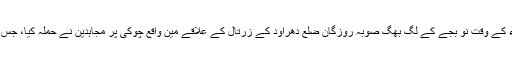
ذرائع کے مطابق پیر کے رات عشاء کے وقت نو بجے کے لگ بھگ صوبہ روزگان ضلع دھراود کے زرتال کے علاقے مین واقع چوکی پر مجاہدین نے حملہ کیا، جس سے دشمن کو نقصانات کا سامنا ہوا۔